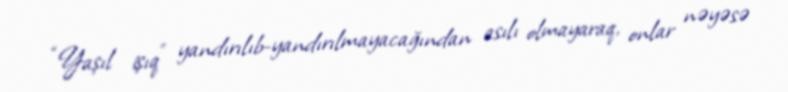
“Yaşıl işıq” yandırılıb-yandırılmayacağından asılı olmayaraq, onlar nəyəsə